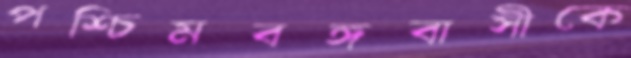
পশ্চিমবঙ্গবাসীকে